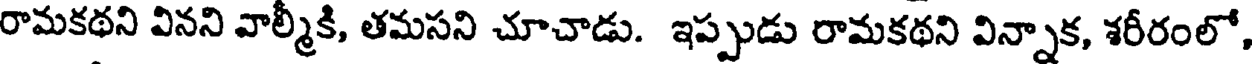
రామకథని వినని వాల్మీకి, తమసని చూచాడు. ఇప్పుడు రామకథని విన్నాక, శరీరంలో,